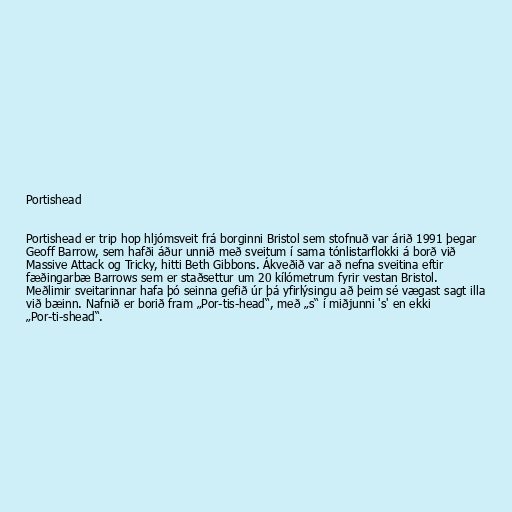
Portishead

Portishead er trip hop hljómsveit frá borginni Bristol sem stofnuð var árið 1991 þegar
Geoff Barrow, sem hafði áður unnið með sveitum í sama tónlistarflokki á borð við
Massive Attack og Tricky, hitti Beth Gibbons. Ákveðið var að nefna sveitina eftir
fæðingarbæ Barrows sem er staðsettur um 20 kílómetrum fyrir vestan Bristol.
Meðlimir sveitarinnar hafa þó seinna gefið úr þá yfirlýsingu að þeim sé vægast sagt illa
við bæinn. Nafnið er borið fram „Por-tis-head“, með „s“ í miðjunni 's' en ekki
„Por-ti-shead“.